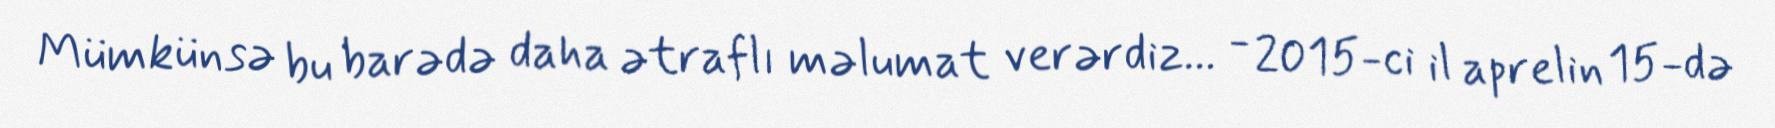
Mümkünsə bu barədə daha ətraflı məlumat verərdiz... - 2015-ci il aprelin 15-də